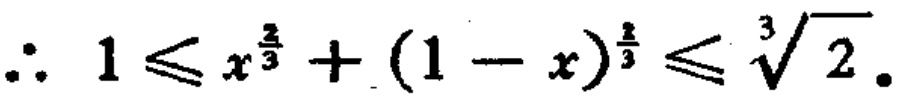
\(\therefore 1\leqslant x^{\frac{2}{3}}+(1 - x)^{\frac{2}{3}}\leqslant\sqrt[3]{2}.\)